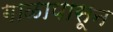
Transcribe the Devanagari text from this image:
गाळापासून